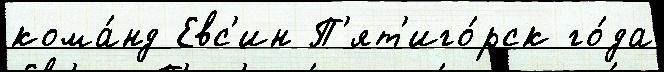
кома́нд Евс'ин П'ят'иго́рск го́да